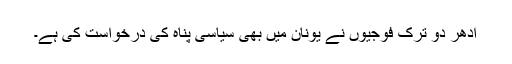
ادھر دو ترک فوجیوں نے یونان میں بھی سیاسی پناہ کی درخواست کی ہے۔